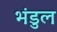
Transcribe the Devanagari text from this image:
भंडुल